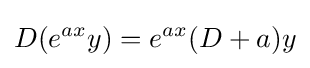
D(e^{ax}y)=e^{ax}(D+a)y